Civil Veterinary Dept. Assam report 1927-50 - 1927-1950
Year: 1927
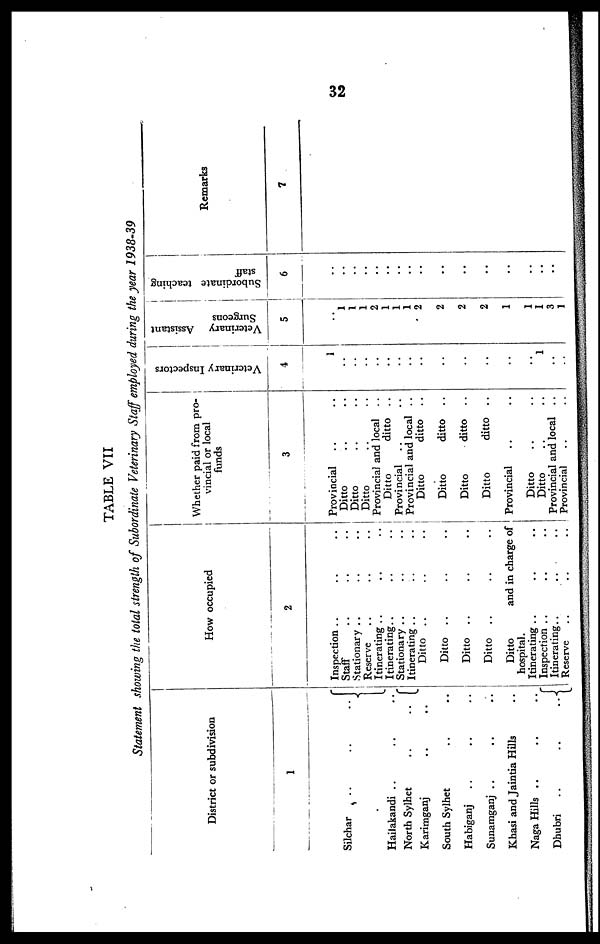
32
TABLE VII
Statement showing the total strength of Subordinate Veterinary Staff employed during the year 1938-39
District or subdivision
1
Silchar .. .. ..
Hailakandi .. .. ..
North Sylhet
..
..
Karimganj .. ..
South Sylhet .. ..
Habiganj .. .. ..
Sunamganj .. .. ..
Khasi and Jaintia Hills ..
Naga Hills .. .. ..
Dhubri
..
..
..
How occupied
2
Inspection
Staff
..
..
..
Stationary .. .. ..
Reserve .. .. ..
Itinerating .. .. ..
Itinerating .. .. ..
Stationary .. .. ..
Itinerating .. .. ..
Ditto .. .. ..
Ditto .. .. ..
Ditto .. .. ..
Ditto .. .. ..
Ditto
and in charge of
Itinerating .. .. ..
Inspection .. .. ..
Itinerating .. .. ..
Reserve .. .. ..
Whether paid from pro-
vincial or local
funds
3
Provincial .. ..
Ditto .. ..
Ditto .. ..
Ditto .. ..
Provincial and local ..
Ditto
ditto ..
Provincial .. ..
Provincial and local ..
Ditto
ditto ..
Ditto
ditto ..
Ditto
ditto ..
Ditto
ditto ..
Provincial .. ..
Ditto .. .. ..
Ditto .. ..
Provincial and local ..
Provincial .. ..
Veterinary Inspectors
4
1
..
..
..
..
..
..
..
..
..
..
..
..
..
1
...
..
Veterinary Assistant
Surgeons
5
..
1
1
1
2
1
1
1
2
2
2
2
1
1
1
3
1
Subordinate teaching
staff
6
..
..
..
..
..
..
..
..
..
..
..
..
..
..
..
..
..
Remarks
7